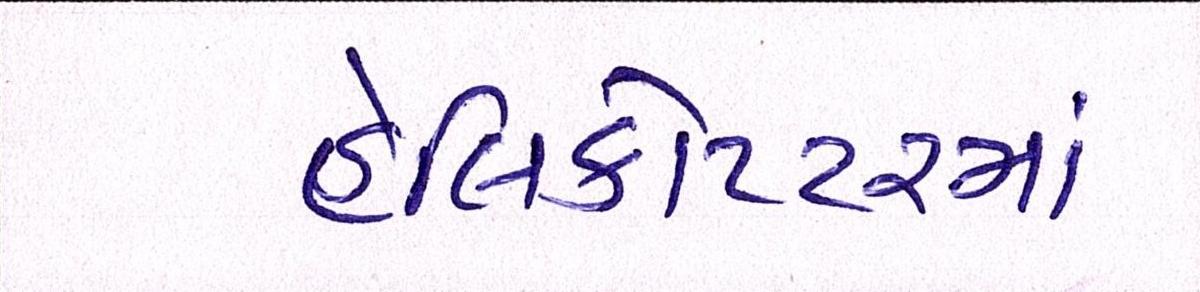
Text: હેલિકોપ્ટરમાં